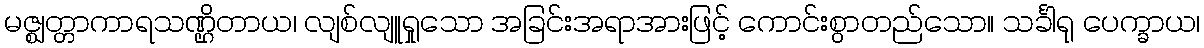
မဇ္ဈတ္တာကာရသဏ္ဌိတာယ၊ လျစ်လျူရှုသော အခြင်းအရာအားဖြင့် ကောင်းစွာတည်သော။ သင်္ခါရု ပေက္ခာယ၊